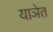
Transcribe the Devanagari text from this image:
याञेत